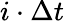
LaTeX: i\cdot\Delta t